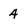
Character: 4